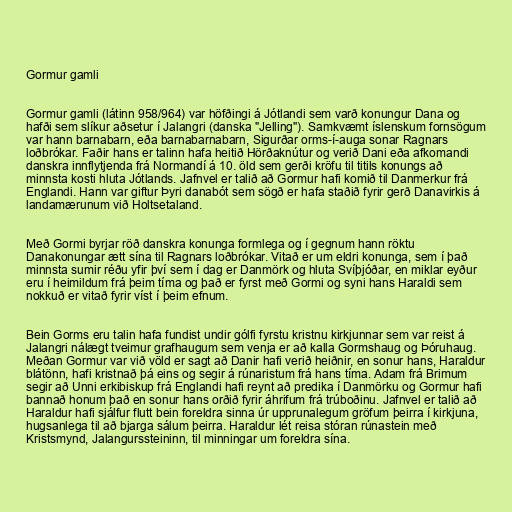
Gormur gamli

Gormur gamli (látinn 958/964) var höfðingi á Jótlandi sem varð konungur Dana og
hafði sem slíkur aðsetur í Jalangri (danska "Jelling"). Samkvæmt íslenskum fornsögum
var hann barnabarn, eða barnabarnabarn, Sigurðar orms-í-auga sonar Ragnars
loðbrókar. Faðir hans er talinn hafa heitið Hörðaknútur og verið Dani eða afkomandi
danskra innflytjenda frá Normandí á 10. öld sem gerði kröfu til titils konungs að
minnsta kosti hluta Jótlands. Jafnvel er talið að Gormur hafi komið til Danmerkur frá
Englandi. Hann var giftur Þyri danabót sem sögð er hafa staðið fyrir gerð Danavirkis á
landamærunum við Holtsetaland.

Með Gormi byrjar röð danskra konunga formlega og í gegnum hann röktu
Danakonungar ætt sína til Ragnars loðbrókar. Vitað er um eldri konunga, sem í það
minnsta sumir réðu yfir því sem í dag er Danmörk og hluta Svíþjóðar, en miklar eyður
eru í heimildum frá þeim tíma og það er fyrst með Gormi og syni hans Haraldi sem
nokkuð er vitað fyrir víst í þeim efnum.

Bein Gorms eru talin hafa fundist undir gólfi fyrstu kristnu kirkjunnar sem var reist á
Jalangri nálægt tveimur grafhaugum sem venja er að kalla Gormshaug og Þóruhaug.
Meðan Gormur var við völd er sagt að Danir hafi verið heiðnir, en sonur hans, Haraldur
blátönn, hafi kristnað þá eins og segir á rúnaristum frá hans tíma. Adam frá Brimum
segir að Unni erkibiskup frá Englandi hafi reynt að predika í Danmörku og Gormur hafi
bannað honum það en sonur hans orðið fyrir áhrifum frá trúboðinu. Jafnvel er talið að
Haraldur hafi sjálfur flutt bein foreldra sinna úr upprunalegum gröfum þeirra í kirkjuna,
hugsanlega til að bjarga sálum þeirra. Haraldur lét reisa stóran rúnastein með
Kristsmynd, Jalangurssteininn, til minningar um foreldra sína.